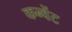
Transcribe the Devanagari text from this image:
कन्वेंट